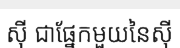
ស៊ី ជាផ្នែកមួយនៃស៊ី